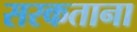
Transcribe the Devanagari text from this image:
सरकताना